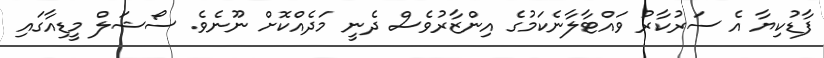
ފާޑުކިޔާ އެ ސަރުކާރު ވައްޓާލާނެކަމުގެ އިންޒާރުވެސް ދެނީ މަދެއްކޮށް ނޫނެވެ. ސޯޝަލް މީޑިއާގައި